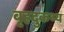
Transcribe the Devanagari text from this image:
बृहदुकथ्य